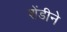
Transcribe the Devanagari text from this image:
शेंडीने